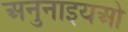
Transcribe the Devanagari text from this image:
अनुनाइयओ